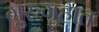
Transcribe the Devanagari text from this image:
गुरुगृहात